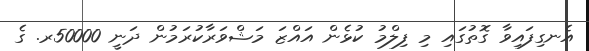
އެނގިފައިވާ ގޮތުގައި މި ފިލްމު ކުޅެން އައްޒަ މަޝްވަރާކުރަމުން ދަނީ 50000ރ. ގެ